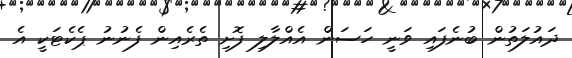
ދައުލަތުން ބުނެފައި ވަނީ ހަސަން އެއްލާލި ފޮށި ތެރެއިން ފެނުނު ޕެކެޓަކީ އެ